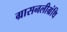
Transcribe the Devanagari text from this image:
ग्रासनलीग्रंथि